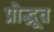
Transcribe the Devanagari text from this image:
प्रोद्भूत